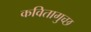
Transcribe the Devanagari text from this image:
कवितागुच्छ